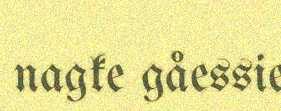
nagke gåessie